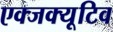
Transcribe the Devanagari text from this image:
एक्जक्यूटिव